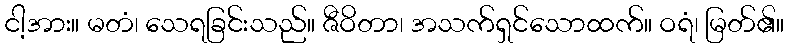
ငါ့အား။ မတံ၊ သေရခြင်းသည်။ ဇီဝိတာ၊ အသက်ရှင်သောထက်။ ဝရံ၊ မြတ်၏။